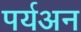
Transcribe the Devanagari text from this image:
पर्यअन